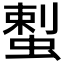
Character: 𱿴